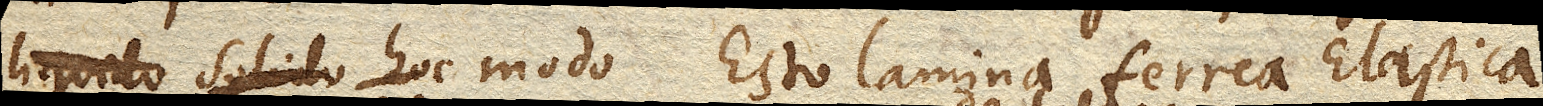
liquido solido hoc hoc modo. Esto lamina ferrea Elastica